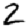
Digit: 2